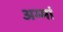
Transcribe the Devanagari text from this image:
अम्मां